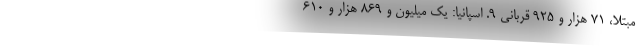
مبتلا، ۷۱ هزار و ۹۲۵ قربانی ۹. اسپانیا: یک میلیون و ۸۶۹ هزار و ۶۱۰